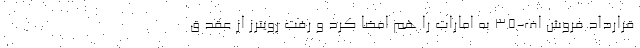
قرارداد فروش اف-۳۵ به امارات را هم امضا کرد و رفت رویترز از عقد ق